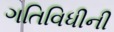
ગતિવિધીની